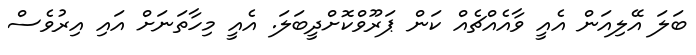
ބަލަ އޭލިއަން އެއީ ވާއެއްޗެއް ކަން ޕަރޫވްކޮށްދީބަލަ. އެއީ މިހާތަނަށް އައި އިރުވެސް